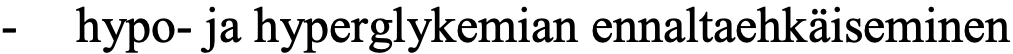
-  hypo- ja hyperglykemian ennaltaehkäiseminen